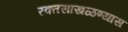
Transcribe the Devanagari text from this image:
रक्तसाखळण्यास